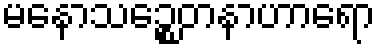
မနောသဉ္စေတနာဟာရော